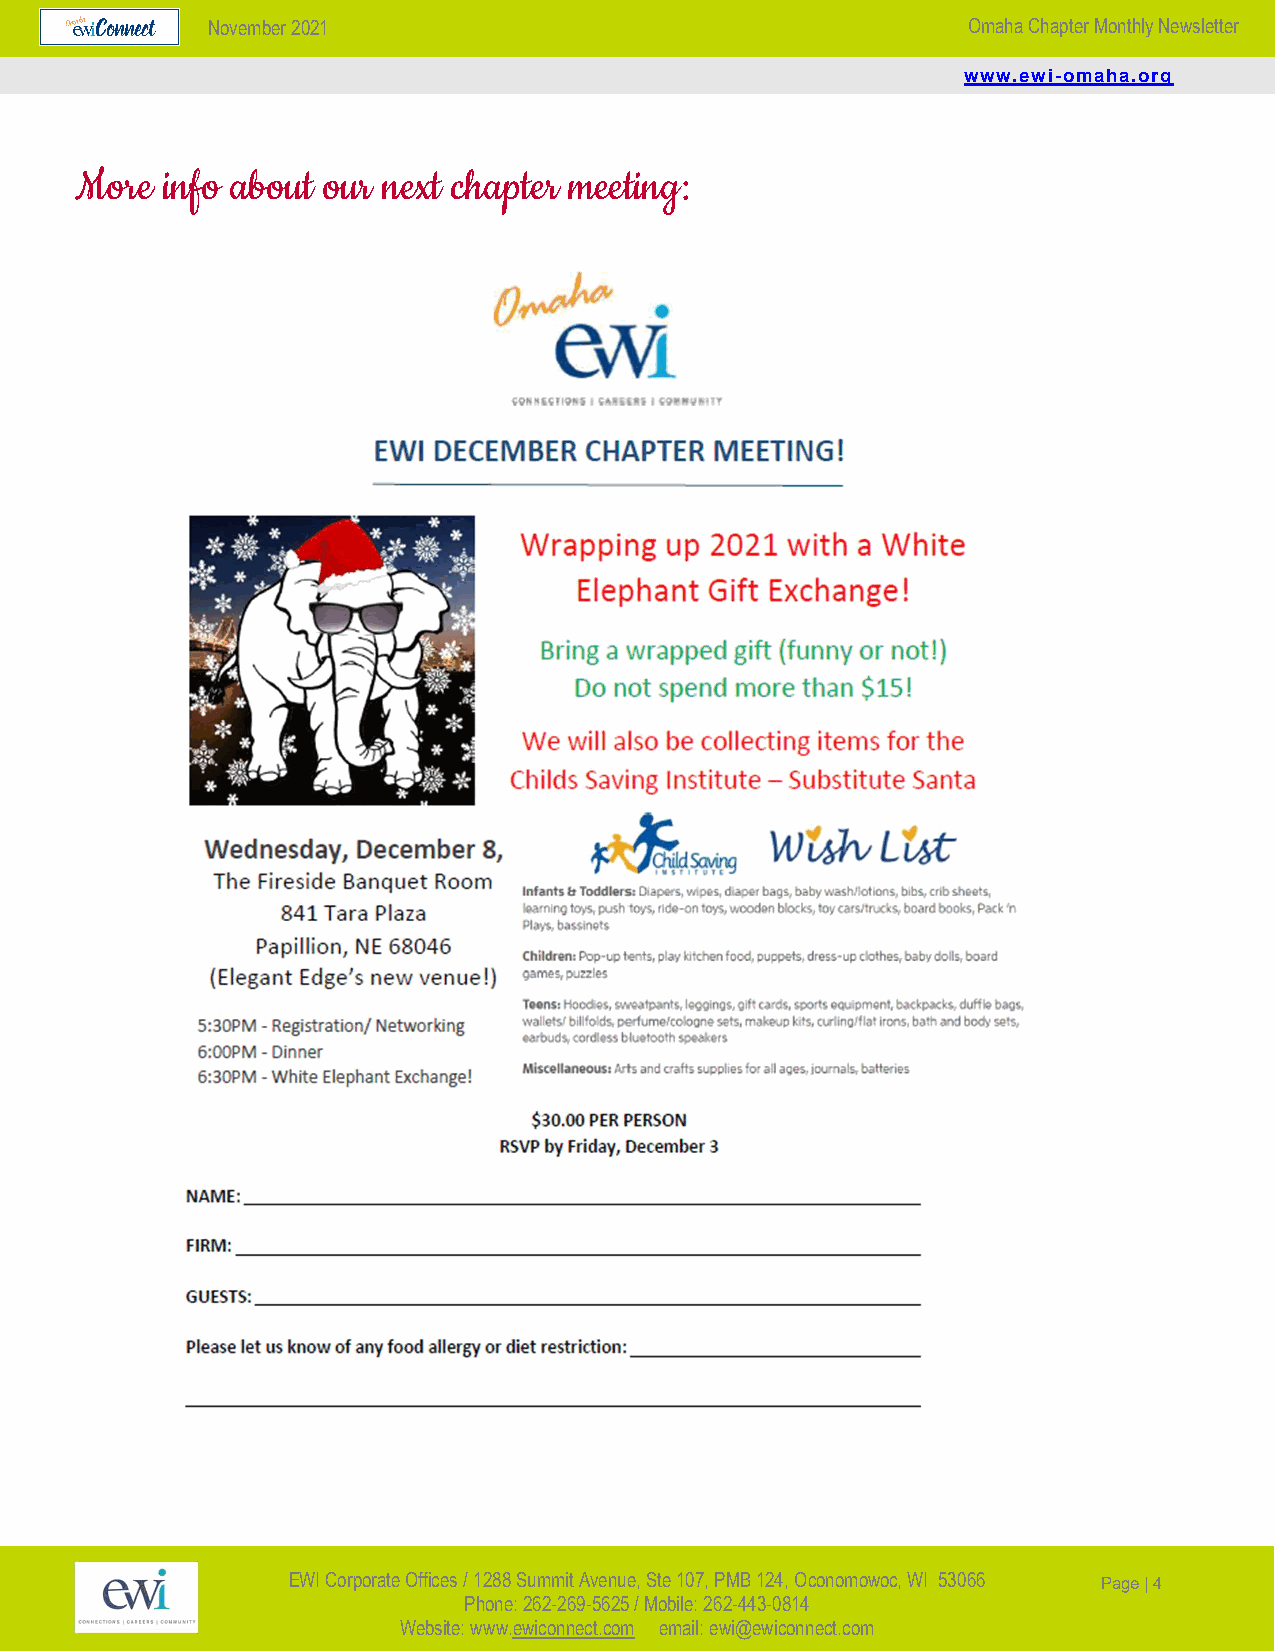
November 2021                                     Omaha Chapter Monthly Newsletter
 www.ewi-omaha.org
 More  info about our next chapter meeting:
 EWI Corporate Offices / 1288 S ummit Avenue, Ste 107, PMB 124, Oconomowoc, WI 5306 6 Page | 4
 Phone: 262-269-5625 / Mobile: 262-443-0814
 Website: www.ewiconnect.com email: ewi@ewiconnect.com